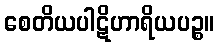
စေတိယပါဋိဟာရိယပဉ္စ။